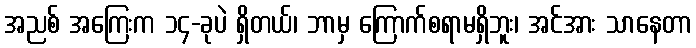
အညစ် အကြေးက ၁၄-ခုပဲ ရှိတယ်၊ ဘာမှ ကြောက်စရာမရှိဘူး၊ အင်အား သာနေတာ